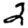
Digit: 2